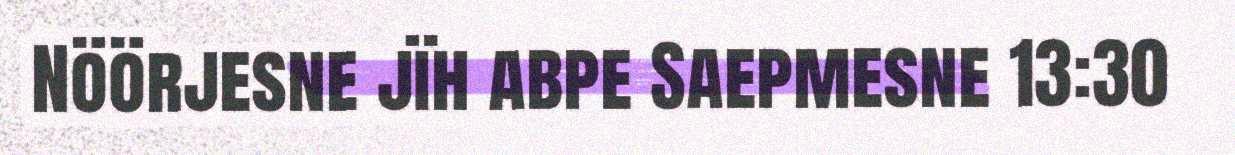
Nöörjesne jïh abpe Saepmesne 13:30